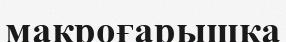
макроғарышқа